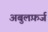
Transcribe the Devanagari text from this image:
अबुलफ़र्ज